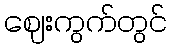
ဈေးကွက်တွင်